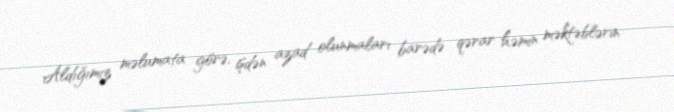
Aldığımız məlumata görə, işdən azad olunmaları barədə qərar həmin məktəblərin